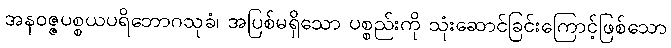
အနဝဇ္ဇပစ္စယပရိဘောဂသုခံ၊ အပြစ်မရှိသော ပစ္စည်းကို သုံးဆောင်ခြင်းကြောင့်ဖြစ်သော